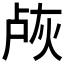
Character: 𬊐